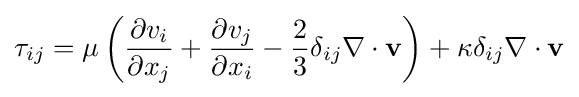
\tau _{ij}=\mu \left({\frac {\partial v_{i}}{\partial x_{j}}}+{\frac {\partial v_{j}}{\partial x_{i}}}-{\frac {2}{3}}\delta _{ij}\nabla \cdot \mathbf {v} \right)+\kappa \delta _{ij}\nabla \cdot \mathbf {v}